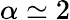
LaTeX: \alpha\simeq 2